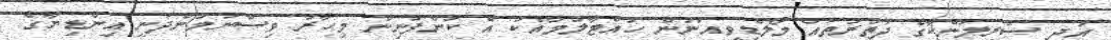
އަދި ސްރީލަންކާގެ ދަތުރުތައް މޯލްޑިވިއަނުން ހުއްޓާލުމާއެކު އެ ކުންފުނިން މިހާރު ވިސްނަމުންދަނީ އިންޑިޔާގެ